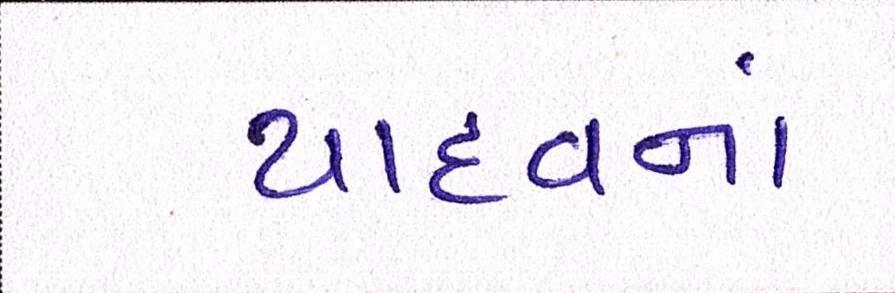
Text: યાદવનાં